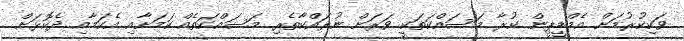
ވަކިކުރުމަށް އެމްޑީޕީން ކުރާ މަސައްކަތަކީ ވަރަށް ނުރައްކާތެރި މަސައްކަތެއް ކަމަށާއި އެކަމާއި ދެކޮޅަށް